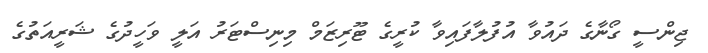
ޖިންސީ ގޯނާގެ ދައުވާ އުފުލާފައިވާ ކުރީގެ ޓޫރިޒަމް މިނިސްޓަރު އަލީ ވަހީދުގެ ޝަރީއަތުގެ